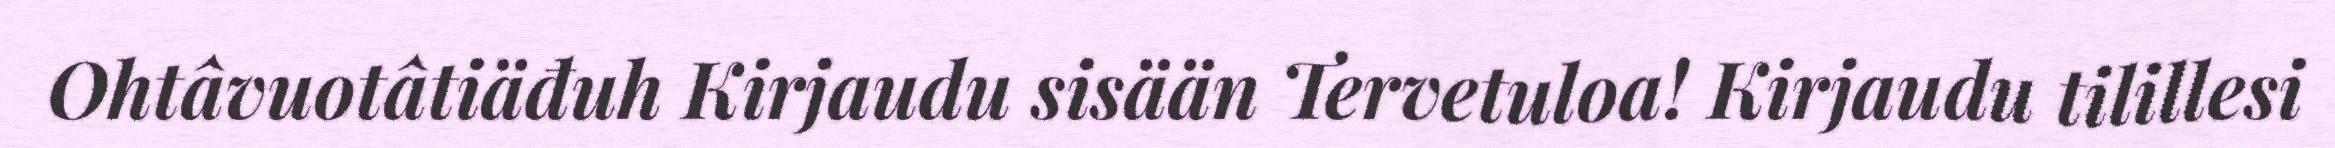
Ohtâvuotâtiäđuh Kirjaudu sisään Tervetuloa! Kirjaudu tilillesi